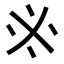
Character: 𠂭